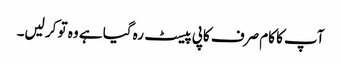
آپ کا کام صرف کاپی پیسٹ رہ گیا ہے وہ تو کر لیں۔